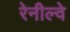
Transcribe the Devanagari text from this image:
रेनील्वे